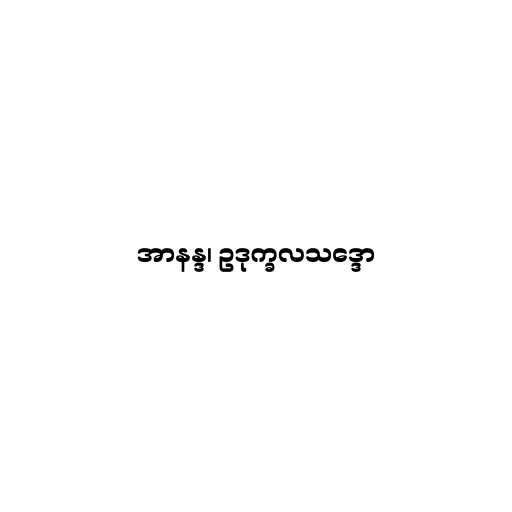
အာနန္ဒ၊ ဥဒုက္ခလသဒ္ဒော